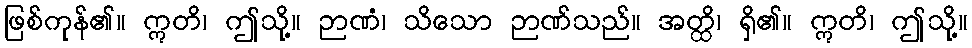
ဖြစ်ကုန်၏။ ဣတိ၊ ဤသို့။ ဉာဏံ၊ သိသော ဉာဏ်သည်။ အတ္ထိ၊ ရှိ၏။ ဣတိ၊ ဤသို့။